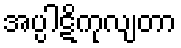
အပ္ပါဋိကုလျတာ